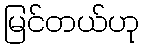
မြင်တယ်ဟု